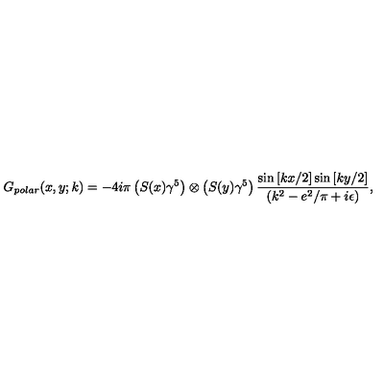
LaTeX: G _ { p o l a r } ( x , y ; k ) = - 4 i \pi \left( S ( x ) \gamma ^ { 5 } \right) \otimes \left( S ( y ) \gamma ^ { 5 } \right) \frac { \sin \left[ k x / 2 \right] \sin \left[ k y / 2 \right] } { ( k ^ { 2 } - e ^ { 2 } / \pi + i \epsilon ) } ,